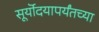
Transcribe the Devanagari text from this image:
सूर्यॊदयापर्यंतच्या